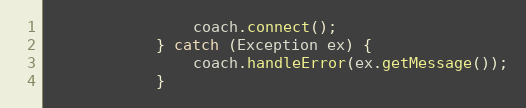
Language: Java
                coach.connect();
            } catch (Exception ex) {
                coach.handleError(ex.getMessage());
            }